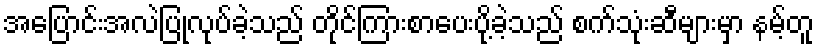
အပြောင်းအလဲပြုလုပ်ခဲ့သည် တိုင်ကြားစာပေးပို့ခဲ့သည် စက်သုံးဆီများမှာ နမ့်တူ